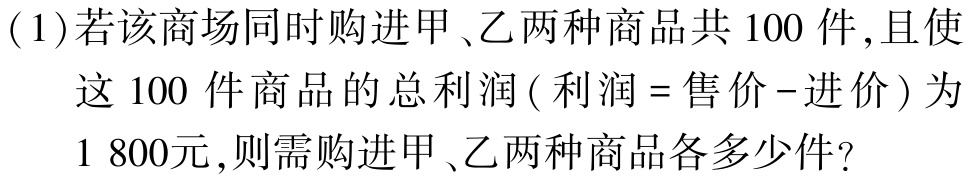
(1)若该商场同时购进甲、乙两种商品共$100$件,且使这$100$件商品的总利润 ( 利润 = 售价 - 进价 ) 为$1\ 800元$,则需购进甲、乙两种商品各多少件?